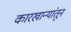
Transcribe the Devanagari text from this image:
कारखान्यांतून